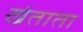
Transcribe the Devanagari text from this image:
खेताता